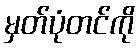
မှတ်ပုံတင်ကို